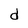
Character: d